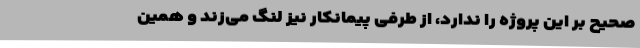
صحیح بر این پروژه را ندارد، از طرفی پیمانکار نیز لنگ می‌زند و همین